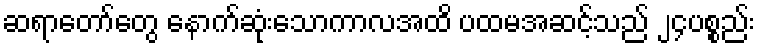
ဆရာတော်တွေ နောက်ဆုံးသောကာလအထိ ပထမအဆင့်သည် ၂၄ပစ္စည်း